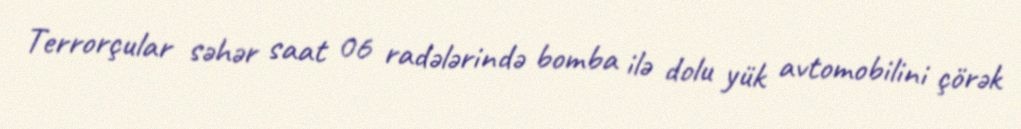
Terrorçular səhər saat 06 radələrində bomba ilə dolu yük avtomobilini çörək